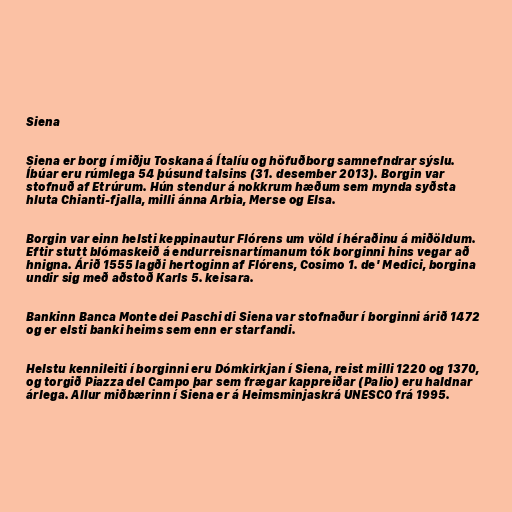
Siena

Siena er borg í miðju Toskana á Ítalíu og höfuðborg samnefndrar sýslu.
Íbúar eru rúmlega 54 þúsund talsins (31. desember 2013). Borgin var
stofnuð af Etrúrum. Hún stendur á nokkrum hæðum sem mynda syðsta
hluta Chianti-fjalla, milli ánna Arbia, Merse og Elsa.

Borgin var einn helsti keppinautur Flórens um völd í héraðinu á miðöldum.
Eftir stutt blómaskeið á endurreisnartímanum tók borginni hins vegar að
hnigna. Árið 1555 lagði hertoginn af Flórens, Cosimo 1. de' Medici, borgina
undir sig með aðstoð Karls 5. keisara.

Bankinn Banca Monte dei Paschi di Siena var stofnaður í borginni árið 1472
og er elsti banki heims sem enn er starfandi.

Helstu kennileiti í borginni eru Dómkirkjan í Siena, reist milli 1220 og 1370,
og torgið Piazza del Campo þar sem frægar kappreiðar (Palio) eru haldnar
árlega. Allur miðbærinn í Siena er á Heimsminjaskrá UNESCO frá 1995.